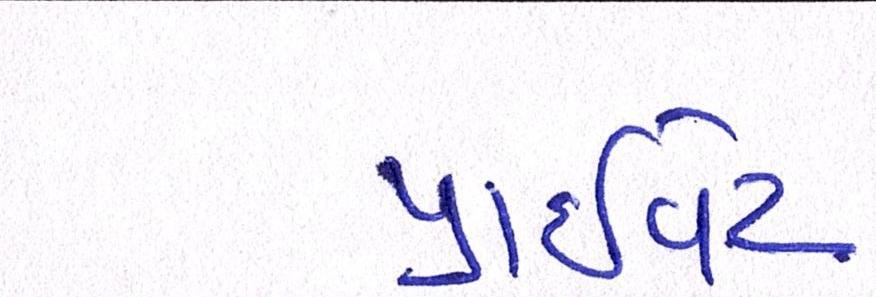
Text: પ્રાઈવેટ